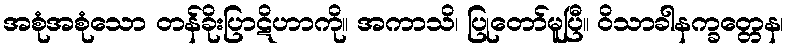
အစုံအစုံသော တန်ခိုးပြာဋိဟာကို။ အကာသိ၊ ပြုတော်မူပြီ။ ဝိသာခါနက္ခတ္တေန၊